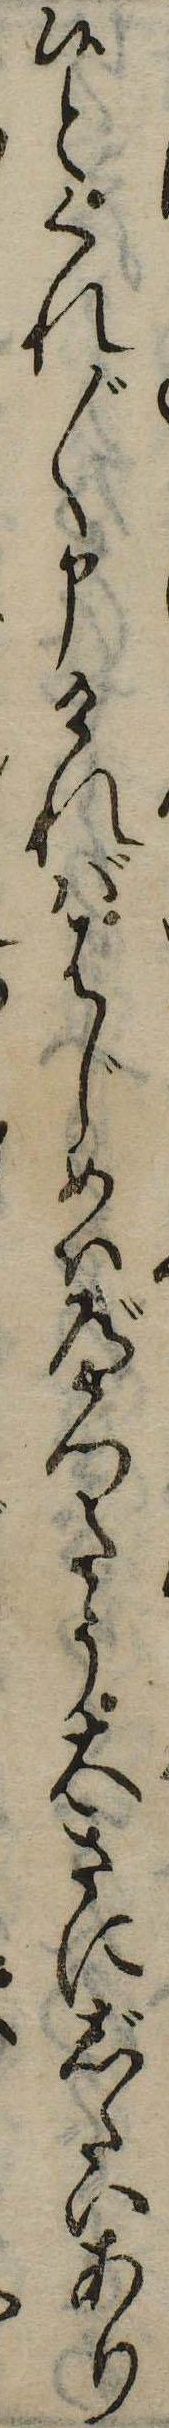
候とくれ〲申ければはじめはべつたう大きにじたいあり